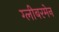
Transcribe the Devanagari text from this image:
ग्लीबरमेन